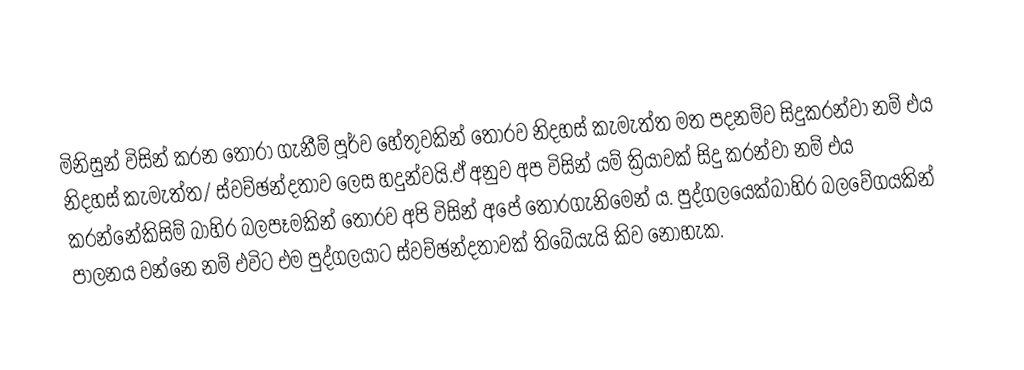
මිනිසුන් විසින් කරන තෝරා ගැනීම් පූර්ව හේතුවකින් තොරව නිදහස් කැමැත්ත මත පදනම්ව සිදුකරන්වා නම් එය නිදහස් කැමැත්ත/ ස්වච්ඡන්දතාව ලෙස හදුන්වයි.ඒ අනුව අප විසින් යම් ක්‍රියාවක් සිදු කරන්වා නම් එය කරන්නේකිසිම් බාහිර බලපෑමකින් තොරව අපි විසින් අපේ තෝරගැනිමෙන්‍ ය. පුද්ගලයෙක්බාහිර බලවේගයකින් පාලනය වන්නෙ නම් එවිට එම පුද්ගලයාට ස්වච්ඡන්දතාවක් තිබේයැයි කිව නොහැක.